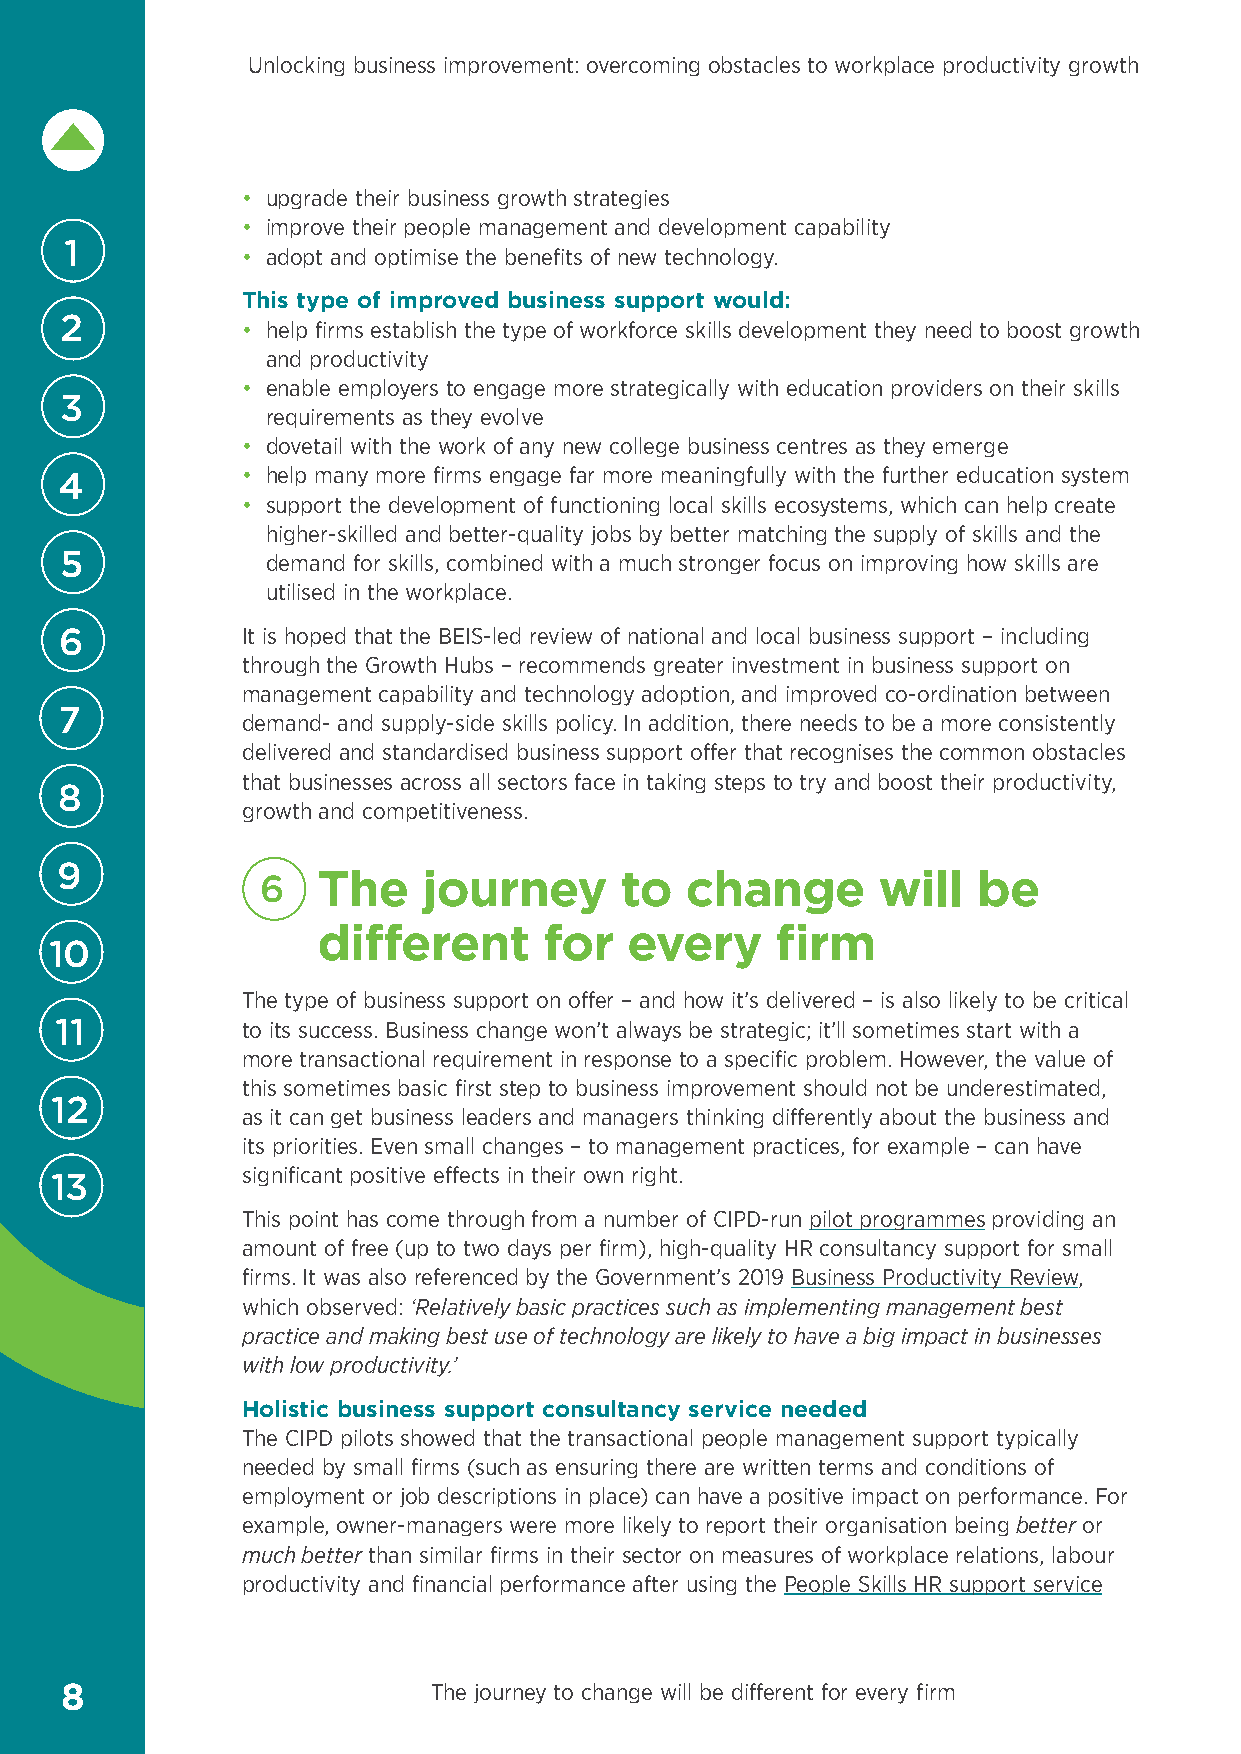
Unlocking business improvement: overcoming obstacles to workplace productivity growth
 • upgrade their business growth strategies
 • improve their people management and development capability
 1
 • adopt and optimise the benefits of new technology.
 This type of improved business support would:
 2           • help firms establish the type of workforce skills development they need to boost growth
 and productivity
 • enable employers to engage more strategically with education providers on their skills
 3
 requirements as they evolve
 • dovetail with the work of any new college business centres as they emerge
 • help many more firms engage far more meaningfully with the further education system
 4
 • support the development of functioning local skills ecosystems, which can help create
 higher-skilled and better-quality jobs by better matching the supply of skills and the
 5             demand for skills, combined with a much stronger focus on improving how skills are
 utilised in the workplace.
 6           It is hoped that the BEIS-led review of national and local business support – including
 through the Growth Hubs – recommends greater investment in business support on
 management capability and technology adoption, and improved co-ordination between
 7
 demand- and supply-side skills policy. In addition, there needs to be a more consistently
 delivered and standardised business support offer that recognises the common obstacles
 that businesses across all sectors face in taking steps to try and boost their productivity,
 8
 growth and competitiveness.
 9
 6   T he   journey      to  change       will   be
 different      for  every     firm
 10
 The type of business support on offer – and how it’s delivered – is also likely to be critical
 11          to its success. Business change won’t always be strategic; it’ll sometimes start with a
 more transactional requirement in response to a specific problem. However, the value of
 this sometimes basic first step to business improvement should not be underestimated,
 12
 as it can get business leaders and managers thinking differently about the business and
 its priorities. Even small changes – to management practices, for example – can have
 significant positive effects in their own right.
 13
 This point has come through from a number of CIPD-run pilot programmes providing an
 amount of free (up to two days per firm), high-quality HR consultancy support for small
 firms. It was also referenced by the Government’s 2019 Business Productivity Review,
 which observed: ‘Relatively basic practices such as implementing management best
 practice and making best use of technology are likely to have a big impact in businesses
 with low productivity.’
 Holistic business support consultancy service needed
 The CIPD pilots showed that the transactional people management support typically
 needed by small firms (such as ensuring there are written terms and conditions of
 employment or job descriptions in place) can have a positive impact on performance. For
 example, owner-managers were more likely to report their organisation being better or
 much better than similar firms in their sector on measures of workplace relations, labour
 productivity and financial performance after using the People Skills HR support service
 8                        The journey to change will be different for every firm